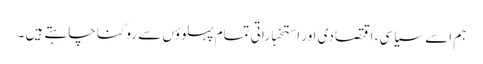
ہم اسے سیاسی، اقتصادی اور استخباراتی تمام پہلوؤں سے روکنا چاہتے ہیں ۔